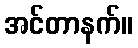
အင်တာနက်။